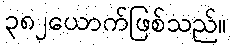
၃၈၂ယောက်ဖြစ်သည်။